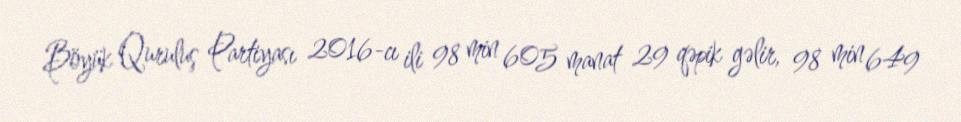
Böyük Quruluş Partiyası 2016-cı ili 98 min 605 manat 29 qəpik gəlir, 98 min 649